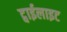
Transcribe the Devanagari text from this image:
ट्वाईलाइट